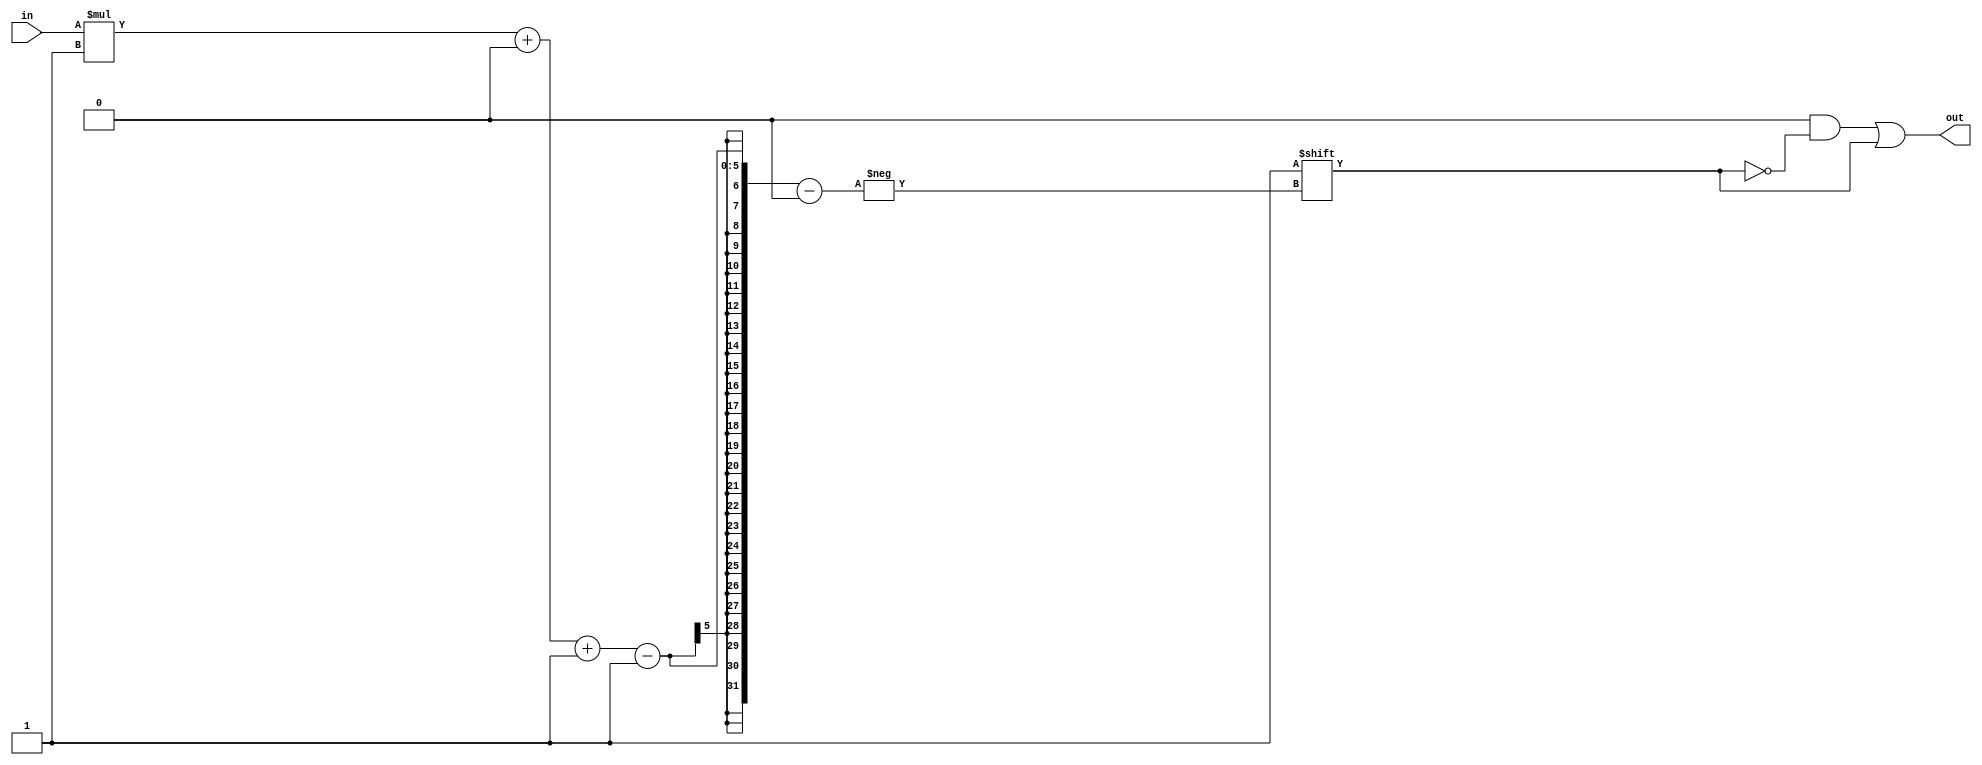
module decoder_13 (
    input [1:0] in,
    output reg [3:0] out
  );
  
  localparam WIDTH = 2'h2;
  
  
  always @* begin
    out = 1'h0;
    out[(in)*1+0-:1] = 1'h1;
  end
endmodule